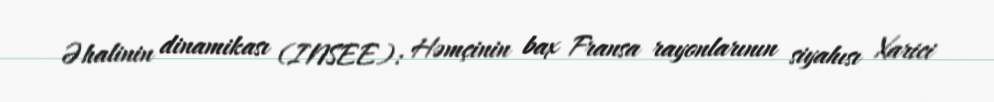
Əhalinin dinamikası (INSEE): Həmçinin bax Fransa rayonlarının siyahısı Xarici